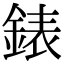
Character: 錶